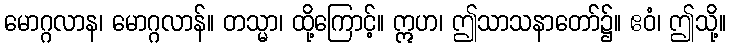
မောဂ္ဂလာန၊ မောဂ္ဂလာန်။ တသ္မာ၊ ထို့ကြောင့်။ ဣဟ၊ ဤသာသနာတော်၌။ ဧဝံ၊ ဤသို့။